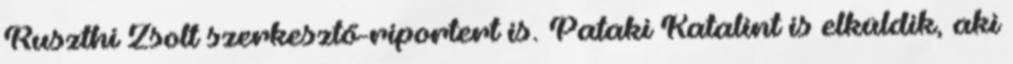
Ruszthi Zsolt szerkesztő-riportert is. Pataki Katalint is elküldik, aki